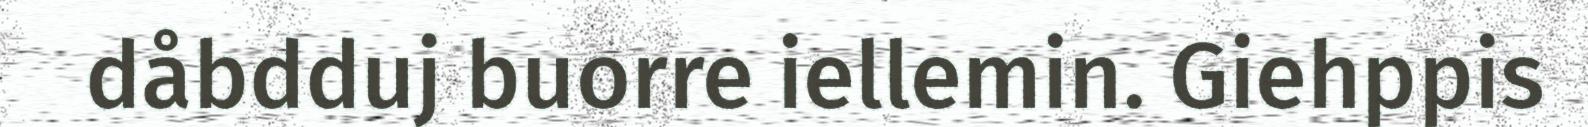
dåbdduj buorre iellemin. Giehppis